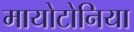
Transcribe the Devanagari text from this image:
मायोटोनिया